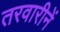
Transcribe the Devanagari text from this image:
तरवारीनें